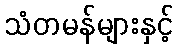
သံတမန်များနှင့်